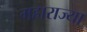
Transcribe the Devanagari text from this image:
महाराज्या